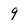
Character: 9